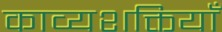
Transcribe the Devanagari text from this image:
काव्यशक्तियाँ